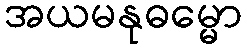
အယမနုဓမ္မော